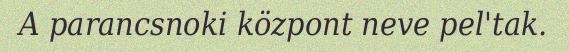
A parancsnoki központ neve pel'tak.